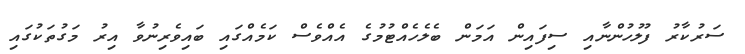
ސަރުކާރު ފުލުހުންނާއި ސިފައިން އަމަން ބެލެހެއްޓުމުގެ އެއްވެސް ކަމެއްގައި ބައިވެރިނުވާ އިރު މަގުތަކުގައި